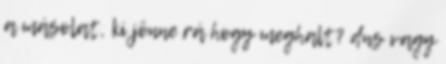
a másolat, ki jönne rá hogy meghalt? dns vagy